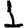
Digit: 1